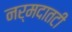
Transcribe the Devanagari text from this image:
नर्मदातटी